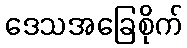
ဒေသအခြေစိုက်